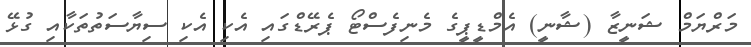
މަރްޔަމް ޝަނީޒާ (ޝާނީ) އެމްޑީޕީގެ މެނިފެސްޓޯ ޕެރޭޑްގައި އެކި އެކި ސިޔާސަތުތަކާއި ގުޅޭ